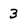
Character: 3